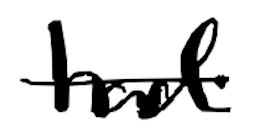
Text: had
Cross-out: single-line
Writing tool: digital_black